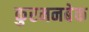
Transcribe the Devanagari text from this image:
कुरमनबेक